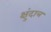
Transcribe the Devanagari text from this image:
क्षुंदात्र